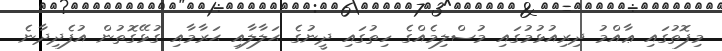
މިފޮތުގައި ޢާއްމު ދިރިއުޅުމުގައި މުސްލިމެއްގެ ހިތުގައި ދީނުގެ ޙަލާލާއި ޙަރާމާއި ގުޅޭގޮތުން އުފެދިދާނެ